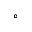
^ { \circ }